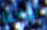
نجاحنا